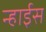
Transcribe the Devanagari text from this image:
न्हाईस